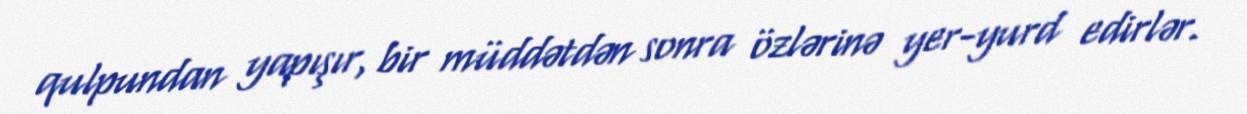
qulpundan yapışır, bir müddətdən sonra özlərinə yer-yurd edirlər.